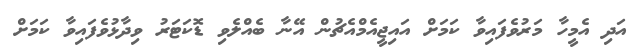
އަދި އެމީހާ މަރުވެފައިވާ ކަމަށް އައިޖީއެމްއެޗުން އޭނާ ބެއްލެވި ޑޮކަޓަރު ވިދާޅުވެފައިވާ ކަމަށް